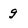
Character: g